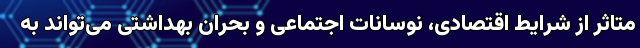
متاثر از شرایط اقتصادی، نوسانات اجتماعی و بحران بهداشتی می‌تواند به